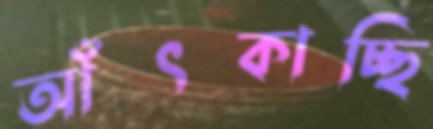
আঁৎকাচ্ছি